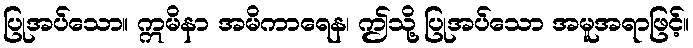
ပြုအပ်သော။ ဣမိနာ အမိကာရေန၊ ဤသို့ ပြုအပ်သော အမူအရာဖြင့်။